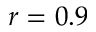
r = 0 . 9